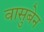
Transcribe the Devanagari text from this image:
वासुबेन